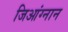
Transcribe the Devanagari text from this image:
जिआंग्नान